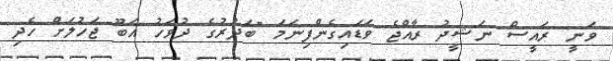
ވަނީ ރައީސް ނަޝީދު ރާއްޖެ ވަޑައިގެންފިނަމަ "ބަދުރުގެ ދުވަހު އަބޫ ޖަހުލަށް ހެދި